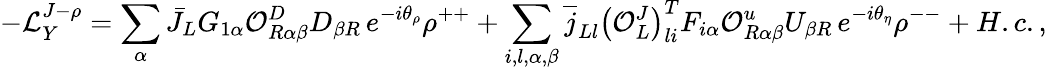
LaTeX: -{\cal L}_{Y}^{J-\rho}=\sum_{\alpha}\bar{J}_{L}G_{1\alpha}{\cal O}_{R\alpha\beta}^{D}D_{\beta R}\, e^{-i\theta_{\rho}}\rho^{++}+\sum_{i,l,\alpha,\beta}\overline{{{j}}}_{Ll}\left({\cal O}_{L}^{J}\right)_{li}^{T}F_{i\alpha}{\cal O}_{R\alpha\beta}^{u}U_{\beta R}\, e^{-i\theta_{\eta}}\rho^{--}+H.c.,